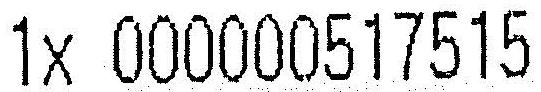
1X 000000517515